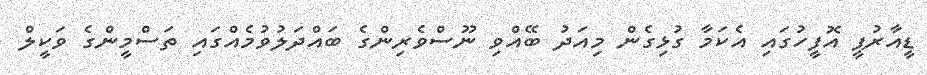
ޑީއާރުޕީ އޮފީހުގައި އެކަމާ ގުޅިގެން މިއަދު ބޭއްވި ނޫސްވެރިންގެ ބައްދަލުވުމެއްގައި ތަސްމީންގެ ވަކީލް